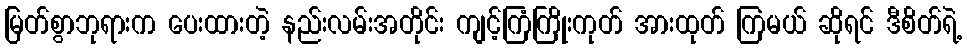
မြတ်စွာဘုရားက ပေးထားတဲ့ နည်းလမ်းအတိုင်း ကျင့်ကြံကြိုးကုတ် အားထုတ် ကြမယ် ဆိုရင် ဒီစိတ်ရဲ့